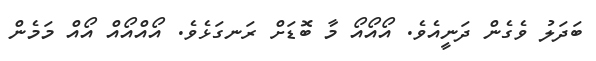
ބަދަލު ވެގެން ދަނީއެވެ. އޯއޯއޯ މާ ބޮޑަށް ރަނގަޅެވެ. އޯއްއޯއް އޯއް މަމެން